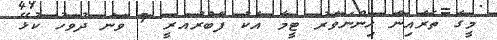
މީގެ ތެރެއިން ހިންނަވަރު ޓީމާ އެކު ފެބްރުއަރީ 7 ވަނަ ދުވަހު ކުޅޭ